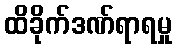
ထိခိုက်ဒဏ်ရာရမှု